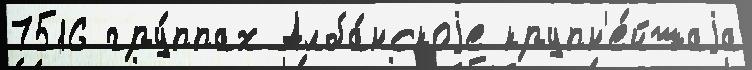
7516 гру́ппах Алба́нскоjе крупн'е́йшаjа